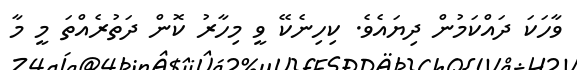
ވާހަކަ ދައްކަމުން ދިޔައެވެ. ކިހިނެކޭ ވީ މިހާރު ކޮން ދަތުރެއްތަ މީ މާ